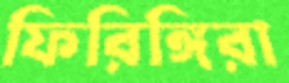
ফিরিঙ্গিরা